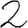
Digit: 2